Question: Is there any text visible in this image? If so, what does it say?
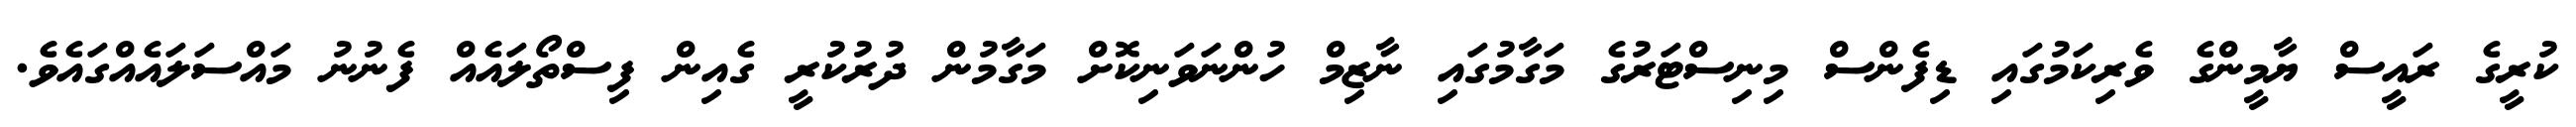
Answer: ކުރީގެ ރައީސް ޔާމީންގެ ވެރިކަމުގައި ޑިފެންސް މިނިސްޓަރުގެ މަގާމުގައި ނާޒިމް ހުންނަވަނިކޮށް މަގާމުން ދުރުކުރީ ގެއިން ފިސްތޯލައެއް ފެނުނު މައްސަލައެއްގައެވެ.